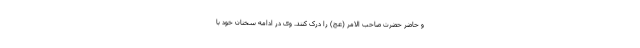
و حاضر حضرت صاحب الامر (عج) را درک کنند. وی در ادامه سخنان خود با